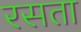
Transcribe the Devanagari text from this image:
रसता